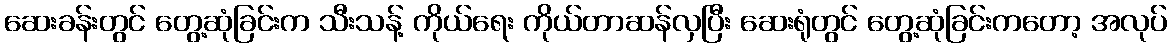
ဆေးခန်းတွင် တွေ့ဆုံခြင်းက သီးသန့် ကိုယ်ရေး ကိုယ်တာဆန်လှပြီး ဆေးရုံတွင် တွေ့ဆုံခြင်းကတော့ အလုပ်